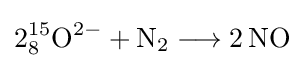
{2{\vphantom {A}}_{\smash[{t}]{8}}^{15}\mathrm {O} {\vphantom {A}}^{2-}{}+{}\mathrm {N} {\vphantom {A}}_{\smash[{t}]{2}}{}\mathrel {\longrightarrow } {}2\,\mathrm {NO} }